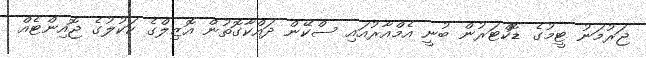
ޖަރުމަނު ޓީމުގެ ޑޮކްޓަރުން ބުނީ އެމްއާރުއައި ސްކޭން ދައްކާގޮތުން އޮޒިލްގެ ކަކުލުގެ ޖޮއިންޓެއް